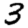
Digit: 3